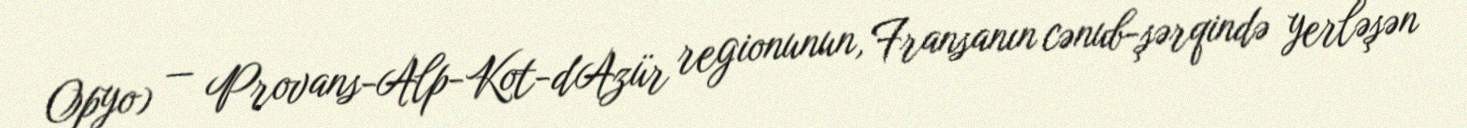
Opyo) — Provans-Alp-Kot-d'Azür regionunun, Fransanın cənub-şərqində yerləşən